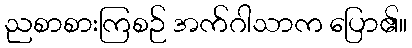
ညစာစားကြစဉ် အက်ဂါသာက ပြော၏။